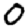
Digit: 0